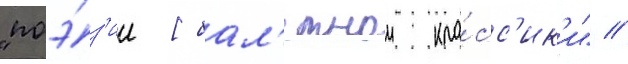
"поэ́з'ии [бал'етнои кла́сс'ик'и" //